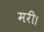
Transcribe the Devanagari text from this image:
मरी।